Report on the cultivation and use of ganja
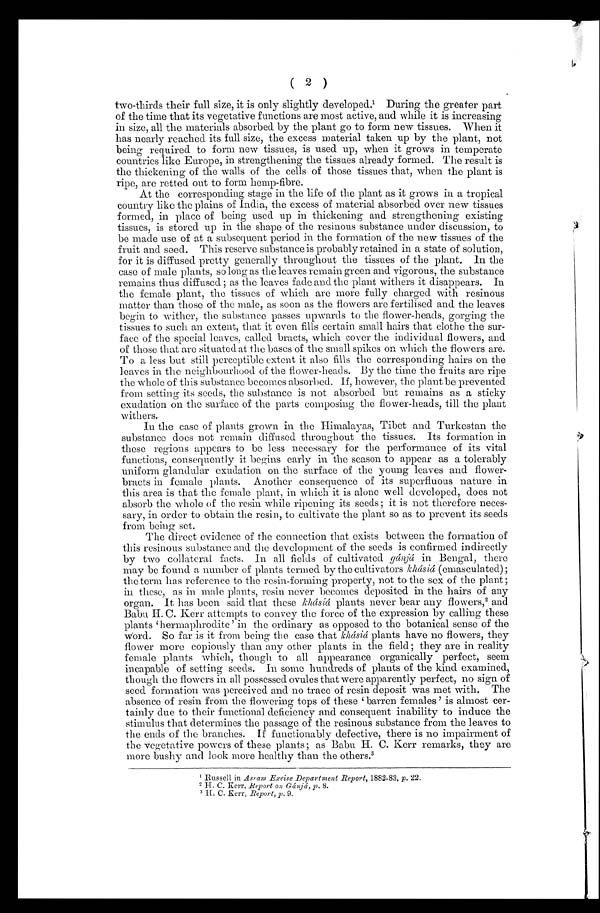
( 2 )
two-thirds their full size, it is only slightly developed.1 D u r i n g t h e g r e a t e r p a r t
of the time that its vegetative functions are most active, and while it is increasing
in size, all the materials absorbed by the plant go to form new tissues. When it
has nearly reached its full size, the excess material taken up by the plant, not
being required to form new tissues, is used up, when it grows in temperate
countries like Europe, in strengthening the tissues already formed. The result is
the thickening of the walls of the cells of those tissues that, when the plant is
ripe, are retted out to form hemp-fibre.
At the corresponding stage in the life of the plant as it grows in a tropical
country like the plains of India, the excess of material absorbed over new tissues
formed, in place of being used up in thickening and strengthening existing
tissues, is stored up in the shape of the resinous substance under discussion, to
be made use of at a subsequent period in the formation of the new tissues of the
fruit and seed. This reserve substance is probably retained in a state of solution,
for it is diffused pretty generally throughout the tissues of the plant. In the
case of male plants, so long as the leaves remain green and vigorous the substance
remains thus diffused ; as the leaves fade and the plant withers it disappears. In
the female plant, the tissues of which are more fully charged with resinous
matter than those of the male, as soon as the flowers are fertilised and the leaves
begin to wither, the substance passes upwards to the flower-heads, gorging the
tissues to such an extent, that it even fills certain small hairs that clothe the sur-
face of the special leaves, called bracts, which cover the individual flowers, and
of those that are situated at the bases of the small spikes on which the flowers are.
To a less but still perceptible extent it also fills the corresponding hairs on the
leaves in the neighbourhood of the flower-heads. By the time the fruits are ripe
the whole of this substance becomes absorbed. If, however, the plant be prevented
from setting its seeds, the. substance is not absorbed but remains as a sticky
exudation on the surface of the parts composing the flower-heads, till the plant
withers.
In the case of plants grown in the Himalayas, Tibet and Turkestan the
substance does not remain diffused throughout the tissues. Its formation in
these regions appears to be less necessary for the performance of its vital
functions, consequently it begins early in the season to appear as a tolerably
uniform glandular exudation on the surface of the young leaves and flower-
bracts in female plants. Another consequence of its superfluous nature in
this area is that the female plant, in which it is alone well developed, does not
absorb the whole of the resin while ripening its seeds ; it is not therefore neces-
sary, in order to obtain the resin, to cultivate the plant so as to prevent its seeds
from being set.
The direct evidence of the connection that exists between the formation of
this resinous substance and the development of the seeds is confirmed indirectly
by two collateral facts. In all fields of cultivated gánjá in Bengal, there
may be found a number of plants termed by the cultivators khásiá (emasculated);
the term has reference to the resin-forming property, not to the sex of the plant ;
in these, as in male plants, resin never becomes deposited in the hairs of any
organ. It has been said that these khásiá plants never bear any flowers, 2 and
Babu H. C. Kerr attempts to convey the force of the expression by calling these
p l a n t s ' h e r m a p h r o d i t e ' i n t h e o r d i n a r y a s o p p o s e d t o t h e b o t a n i c a l s e n s e o f t h e
Word. So far is it from being the case that khásiá plants have no flowers, they
flower more copiously than any other plants in the field; they are in reality
female plants which, though to all appearance organically perfect, seem
incapable of setting seeds. In some hundreds of plants of the kind examined,
though the flowers in all possessed ovules that were apparently perfect, no sign of
seed formation was perceived and no trace of resin deposit was met with. The
absence of resin from the flowering tops of these 'barren females' is almost cer-
tainly due to their functional deficiency and consequent inability to induce the
stimulus that determines the passage of the resinous substance from the leaves to
the ends of the branches. If functionably defective, there is no impairment of
the vegetative powers of these plants ; as Babu H. C. Kerr remarks, they are
more bushy and look more healthy than the others. 3
1R
u s s e l l i n
A s s a m E x c i s e D e p a r t m e n t R e p o r t ,
1 8 8 2 - 8 3 ,
p .2
2 .
2
H. C. Kerr, Report on Gánjá, p. 8.
3
H . C . K e r r ,
R e p o r t , p .
9 .